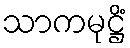
သာကမုဋ္ဌိံ